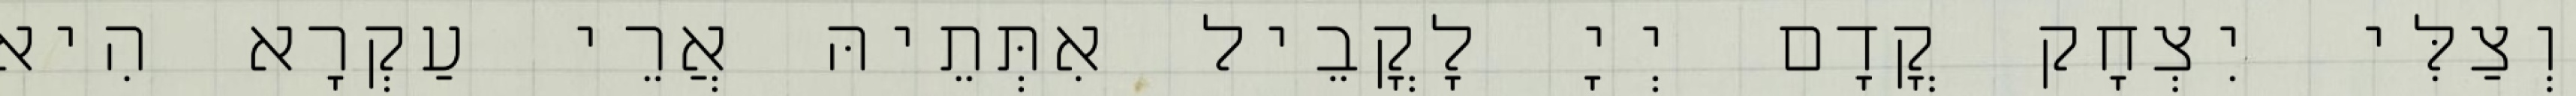
וְצַלִּי יִצְחָק קֳדָם יְיָ לָקֳבֵיל אִתְּתֵיהּ אֲרֵי עַקְרָא הִיא